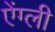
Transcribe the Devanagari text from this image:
ऐंग्ली